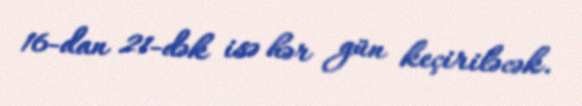
16-dan 21-dək isə hər gün keçiriləcək.